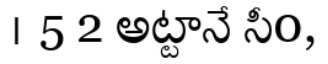
। 5 2 అట్టానే సీ0,